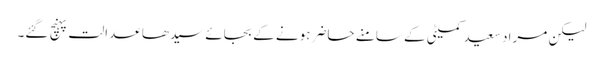
لیکن مراد سعید کمیٹی کے سامنے حاضر ہونے کے بجائے سیدھا عدالت پہنچ گئے۔